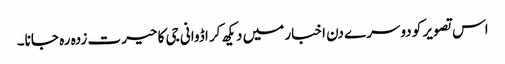
اس تصویر کو دوسرے دن اخبار میں دیکھ کر اڈوانی جی کا حیرت زدہ رہ جانا۔